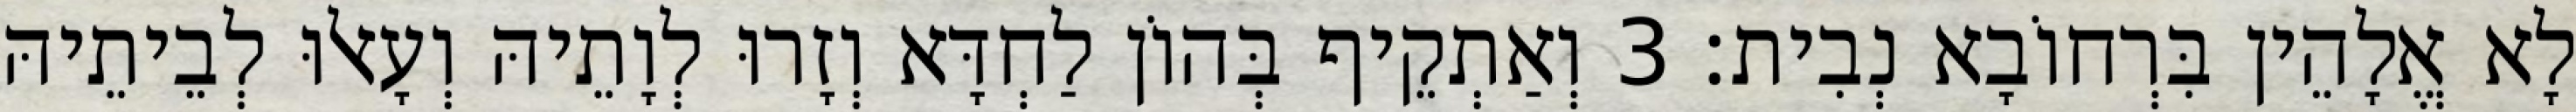
לָא אֱלָהֵין בִּרְחוֹבָא נְבִית׃ 3 וְאַתְקֵיף בְּהוֹן לַחְדָּא וְזָרוּ לְוָתֵיהּ וְעָאלוּ לְבֵיתֵיהּ